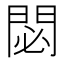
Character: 閟